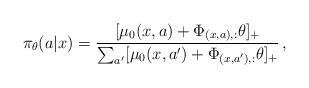
LaTeX: \begin{align*}\pi_{\theta}(a|x) = \frac{[\mu_0(x,a) + \Phi_{(x,a),:} \theta]_{+}}{\sum_{a'} [\mu_0(x,a') + \Phi_{(x,a'),:} \theta]_{+}} \,,\end{align*}